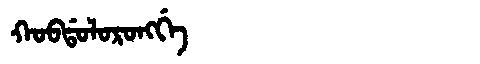
Manchu: ᡴᠣᠪᡩᠣᠯᠣᡵᠣᠩᡤᡝ
Romanization: KOBDOLORONGGE